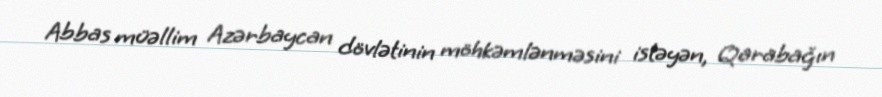
Abbas müəllim Azərbaycan dövlətinin möhkəmlənməsini istəyən, Qarabağın